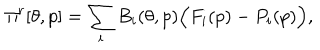
LaTeX: \Pi ^ { r } [ \theta , p ] = \sum _ { i } B _ { i } ( \theta , p ) \Big ( F _ { i } ( p ) - P _ { i } ( p ) \Big ) ,